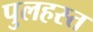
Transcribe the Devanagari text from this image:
पुलहस्त